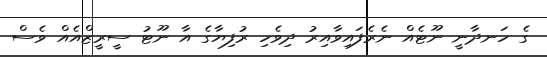
ގެ ހަނދާނީ ނޫޓެއް ނެރެފައިވާއިރު ދިވެހި ރުފިޔާގެ އާ ނޫޓު ސީރީޒްއެއް ވެސް